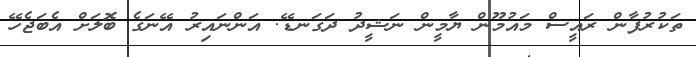
ތަކުރުފާން ރައީސް މައުމޫން ޔާމީން ނަޝީދު ދަގަނޑޭ. އަންނައިރު އޭނަގެ ބޮލަށް އެބަޖެހޭ